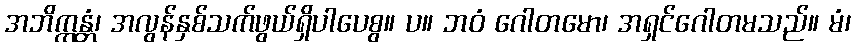
အဘိက္ကန္တံ၊ အလွန်နှစ်သက်ဖွယ်ရှိပါပေစွ။ ပ။ ဘဝံ ဂေါတမော၊ အရှင်ဂေါတမသည်။ မံ၊